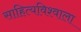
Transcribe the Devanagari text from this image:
साहित्यविश्‍वाला